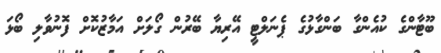
ބޫޓާންގެ ކުއެންގާ ބަންގާޅުގެ ޕެނަލްޓީ އޭރިޔާ ބޭރުން ގޯލަށް އަމާޒުކޮށް ފޮނުވާލި ބޯޅަ